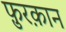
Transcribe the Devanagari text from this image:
फ़ुरक़ान